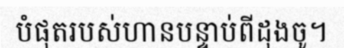
បំផុតរបស់ហានបន្ទាប់ពីដុងចូ។